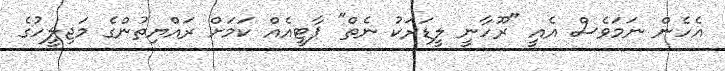
އެހެން ނަމަވެސް އެއީ "ރޫހާނީ ލީޑަރަކު ނެތް" ޕާޓީއެއް ކަމަށް ރައްޔިތުންގެ މަޖިލީހުގެ